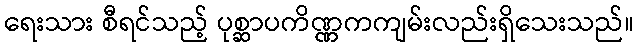
ရေးသား စီရင်သည့် ပုစ္ဆာပကိဏ္ဏကကျမ်းလည်းရှိသေးသည်။